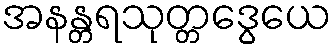
အနန္တရသုတ္တဒွေယေ